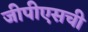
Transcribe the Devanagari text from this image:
जीपीएसची